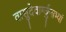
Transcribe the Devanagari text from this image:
वासुदेवार्ग्जुनाभ्यां